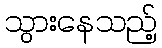
သွားနေသည့်